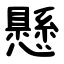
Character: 懸